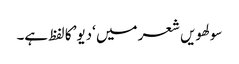
سولھویں شعر میں ‘دیو’ کا لفظ ہے۔